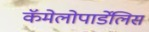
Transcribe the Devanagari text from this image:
कॅमेलोपार्डेलिस